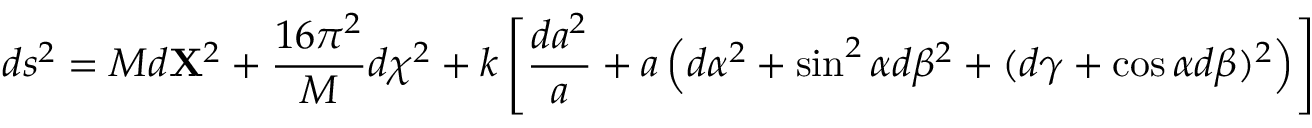
d s ^ { 2 } = M d { \bf X } ^ { 2 } + { \frac { 1 6 \pi ^ { 2 } } { M } } d \chi ^ { 2 } + k \left[ { \frac { d a ^ { 2 } } { a } } + a \left( d \alpha ^ { 2 } + \sin ^ { 2 } \alpha d \beta ^ { 2 } + ( d \gamma + \cos \alpha d \beta ) ^ { 2 } \right) \right]